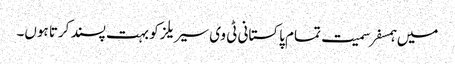
میں ہمسفر سمیت تمام پاکستانی ٹی وی سیریلز کو بہت پسند کرتا ہوں۔